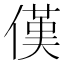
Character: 傼